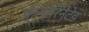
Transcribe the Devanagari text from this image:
फ़्लोरिनेटेड